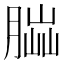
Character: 𦝶